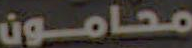
محامون